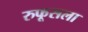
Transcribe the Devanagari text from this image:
रुफूसला